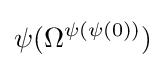
\psi (\Omega ^{\psi (\psi (0))})